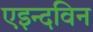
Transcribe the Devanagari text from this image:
एइन्दविन